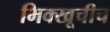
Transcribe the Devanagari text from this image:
भिक्खूचीच